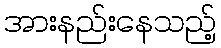
အားနည်းနေသည့်